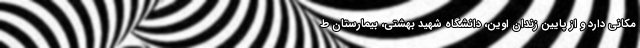
مکانی دارد و از پایین زندان اوین، دانشگاه شهید بهشتی، بیمارستان ط